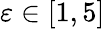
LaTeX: \varepsilon\in[1,5]